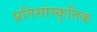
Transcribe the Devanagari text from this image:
प्रतिसांस्कृतिक